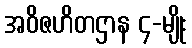
အဝိဇဟိတဌာန ၄-မျိုး